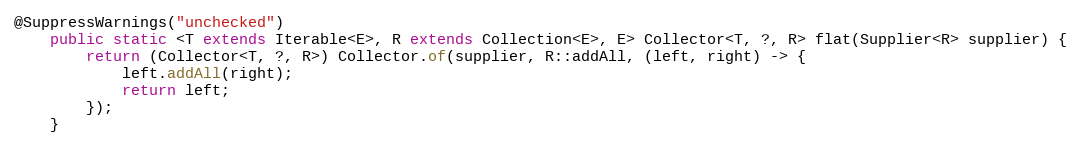
Language: Java
@SuppressWarnings("unchecked")
    public static <T extends Iterable<E>, R extends Collection<E>, E> Collector<T, ?, R> flat(Supplier<R> supplier) {
        return (Collector<T, ?, R>) Collector.of(supplier, R::addAll, (left, right) -> {
            left.addAll(right);
            return left;
        });
    }